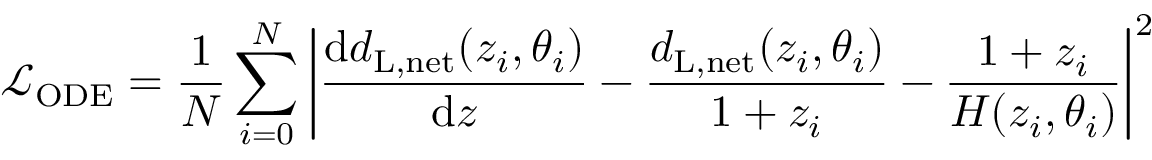
\mathcal { L } _ { \mathrm { O D E } } = \frac { 1 } { N } \sum _ { i = 0 } ^ { N } \left| \frac { \mathrm { d } d _ { \mathrm { L , n e t } } ( z _ { i } , \theta _ { i } ) } { \mathrm { d } z } - \frac { d _ { \mathrm { L , n e t } } ( z _ { i } , \theta _ { i } ) } { 1 + z _ { i } } - \frac { 1 + z _ { i } } { H ( z _ { i } , \theta _ { i } ) } \right| ^ { 2 }